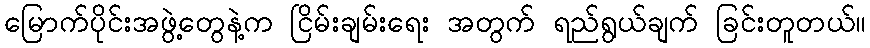
မြောက်ပိုင်းအဖွဲ့တွေနဲ့က ငြိမ်းချမ်းရေး အတွက် ရည်ရွယ်ချက် ခြင်းတူတယ်။